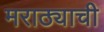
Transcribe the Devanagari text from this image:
मराठ्याची